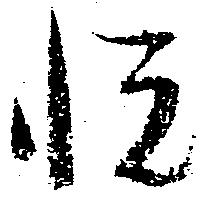
悦